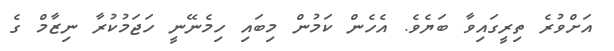
އަށްވުރެ ތިރީގައިވާ ބަޔެވެ. އެހެން ކަމުން މިބައި ހިމެނޭނީ ހަޖަމުކުރާ ނިޒާމް ގެ